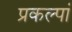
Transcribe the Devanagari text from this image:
प्रकल्पां